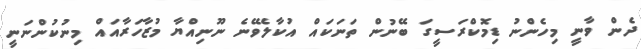
ދެން ވާނީ މިހެންނު ޑިމޮކްރަސީގަ ބޭނުން ތަނަކައް އުކާލެވޭނެ ނޫނިއްޔާ މުޒާހަރާއައް މިނުކުންނަނީ